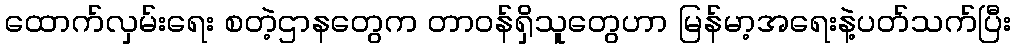
ထောက်လှမ်းရေး စတဲ့ဌာနတွေက တာဝန်ရှိသူတွေဟာ မြန်မာ့အရေးနဲ့ပတ်သက်ပြီး